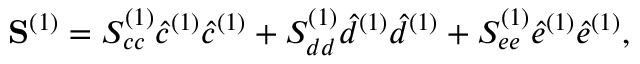
\mathbf { S } ^ { ( 1 ) } = S _ { c c } ^ { ( 1 ) } \hat { c } ^ { ( 1 ) } \hat { c } ^ { ( 1 ) } + S _ { d d } ^ { ( 1 ) } \hat { d } ^ { ( 1 ) } \hat { d } ^ { ( 1 ) } + S _ { e e } ^ { ( 1 ) } \hat { e } ^ { ( 1 ) } \hat { e } ^ { ( 1 ) } ,